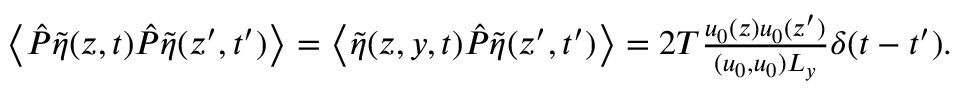
\begin{array} { r } { \left\langle \hat { P } \tilde { \eta } ( z , t ) \hat { P } \tilde { \eta } ( z ^ { \prime } , t ^ { \prime } ) \right\rangle = \left\langle \tilde { \eta } ( z , y , t ) \hat { P } \tilde { \eta } ( z ^ { \prime } , t ^ { \prime } ) \right\rangle = 2 T \frac { u _ { 0 } ( z ) u _ { 0 } ( z ^ { \prime } ) } { ( u _ { 0 } , u _ { 0 } ) L _ { y } } \delta ( t - t ^ { \prime } ) . } \end{array}